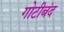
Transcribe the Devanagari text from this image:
गोटीबंद